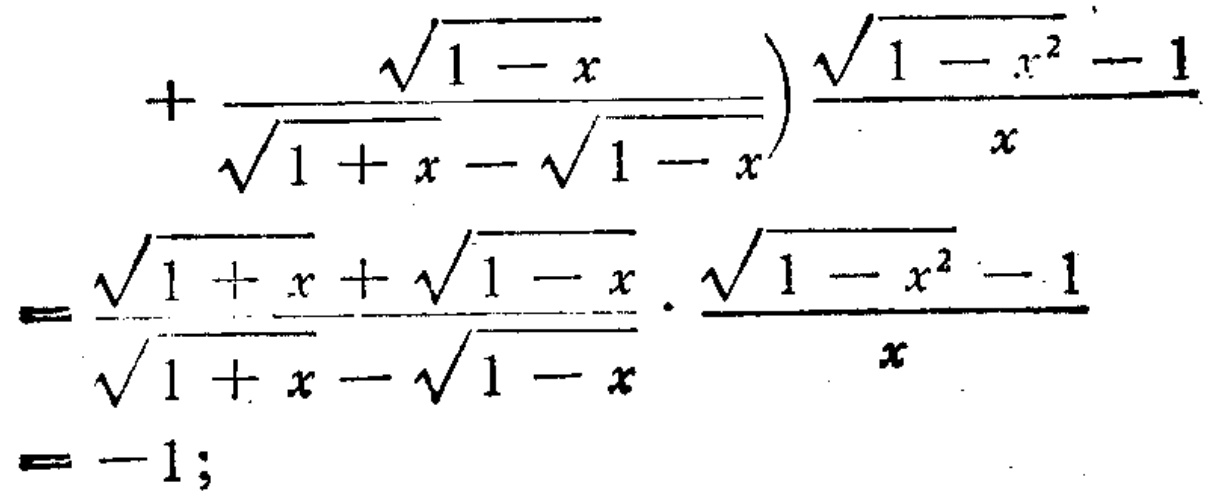
\[\left.+\frac{\sqrt{1 - x}}{\sqrt{1 + x}-\sqrt{1 - x}}\right)\frac{\sqrt{1 - x^{2}}-1}{x}\\=\frac{\sqrt{1 + x}+\sqrt{1 - x}}{\sqrt{1 + x}-\sqrt{1 - x}}\cdot\frac{\sqrt{1 - x^{2}}-1}{x}\\=-1;\]